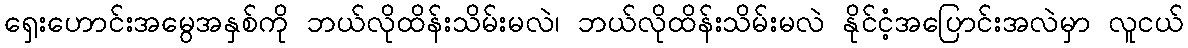
ရှေးဟောင်းအမွေအနှစ်ကို ဘယ်လိုထိန်းသိမ်းမလဲ၊ ဘယ်လိုထိန်းသိမ်းမလဲ နိုင်ငံ့အပြောင်းအလဲမှာ လူငယ်